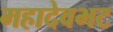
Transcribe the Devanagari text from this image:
महादेवभट